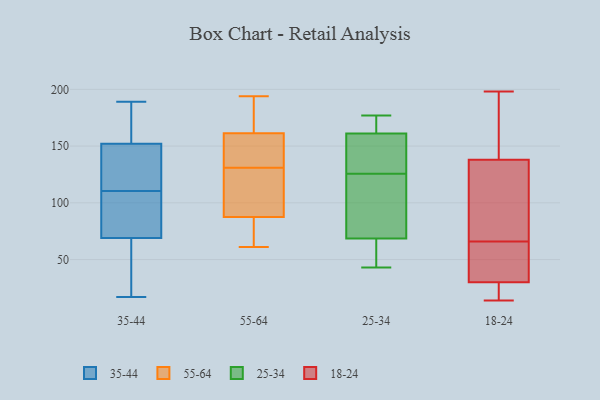
{"axis": {"x": "Bounce Rate (%)", "y": "Value"}, "legend": ["18-24", "25-34", "35-44", "55-64"], "data": [{"x": "", "y": 113, "type": "35-44"}, {"x": "", "y": 109, "type": "35-44"}, {"x": "", "y": 133, "type": "35-44"}, {"x": "", "y": 112, "type": "35-44"}, {"x": "", "y": 171, "type": "35-44"}, {"x": "", "y": 189, "type": "35-44"}, {"x": "", "y": 178, "type": "35-44"}, {"x": "", "y": 17, "type": "35-44"}, {"x": "", "y": 60, "type": "35-44"}, {"x": "", "y": 78, "type": "35-44"}, {"x": "", "y": 94, "type": "35-44"}, {"x": "", "y": 38, "type": "35-44"}, {"x": "", "y": 160, "type": "55-64"}, {"x": "", "y": 161, "type": "55-64"}, {"x": "", "y": 110, "type": "55-64"}, {"x": "", "y": 162, "type": "55-64"}, {"x": "", "y": 99, "type": "55-64"}, {"x": "", "y": 194, "type": "55-64"}, {"x": "", "y": 95, "type": "55-64"}, {"x": "", "y": 131, "type": "55-64"}, {"x": "", "y": 63, "type": "55-64"}, {"x": "", "y": 65, "type": "55-64"}, {"x": "", "y": 150, "type": "55-64"}, {"x": "", "y": 176, "type": "55-64"}, {"x": "", "y": 61, "type": "55-64"}, {"x": "", "y": 177, "type": "25-34"}, {"x": "", "y": 75, "type": "25-34"}, {"x": "", "y": 126, "type": "25-34"}, {"x": "", "y": 142, "type": "25-34"}, {"x": "", "y": 53, "type": "25-34"}, {"x": "", "y": 43, "type": "25-34"}, {"x": "", "y": 177, "type": "25-34"}, {"x": "", "y": 101, "type": "25-34"}, {"x": "", "y": 125, "type": "25-34"}, {"x": "", "y": 62, "type": "25-34"}, {"x": "", "y": 149, "type": "25-34"}, {"x": "", "y": 173, "type": "25-34"}, {"x": "", "y": 14, "type": "18-24"}, {"x": "", "y": 48, "type": "18-24"}, {"x": "", "y": 19, "type": "18-24"}, {"x": "", "y": 54, "type": "18-24"}, {"x": "", "y": 138, "type": "18-24"}, {"x": "", "y": 113, "type": "18-24"}, {"x": "", "y": 161, "type": "18-24"}, {"x": "", "y": 198, "type": "18-24"}, {"x": "", "y": 78, "type": "18-24"}, {"x": "", "y": 30, "type": "18-24"}]}